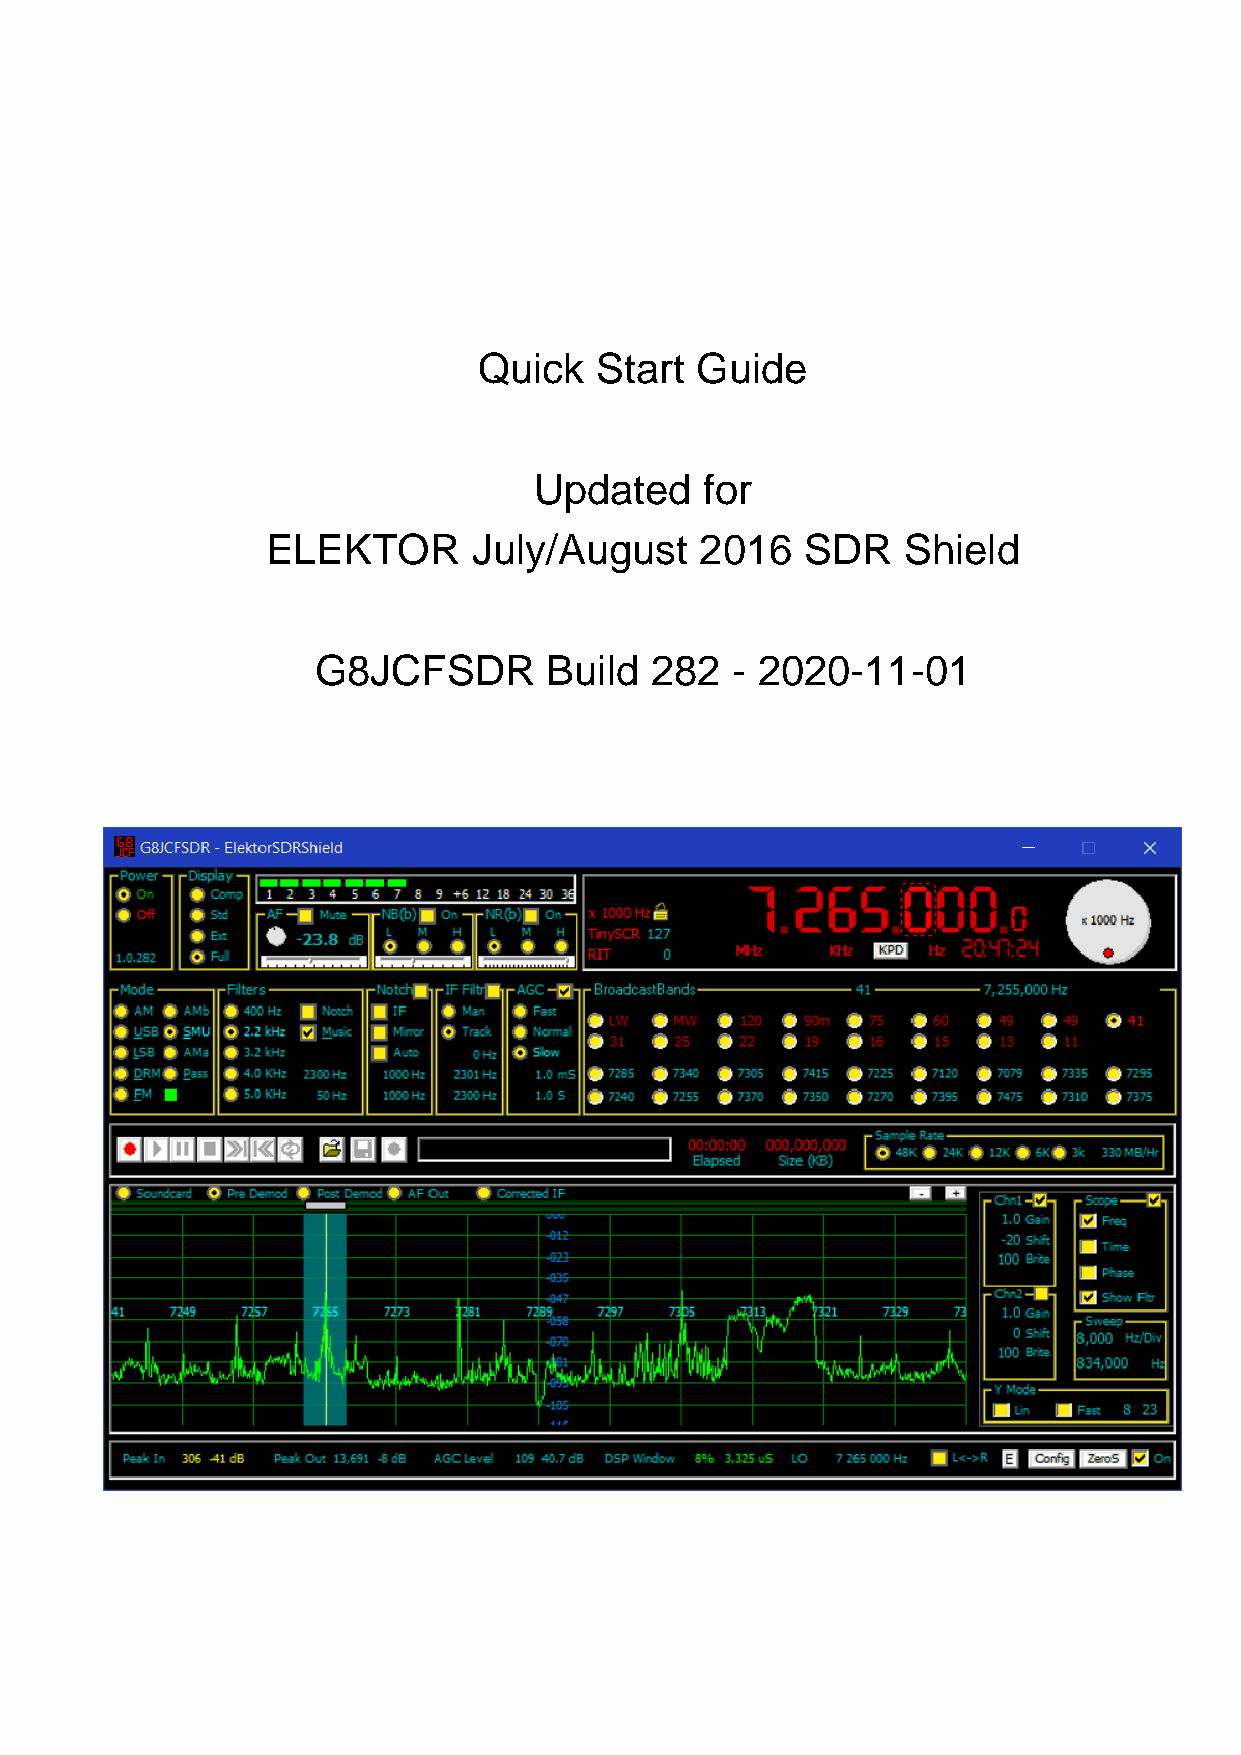
Quick  Start  Guide
 Updated     for
 ELEKTOR      July/August    2016   SDR    Shield
 G8JCFSDR       Build  282  - 2020-11-01